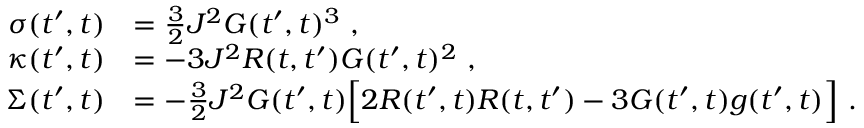
\begin{array} { r l } { \sigma ( t ^ { \prime } , t ) } & { = \frac { 3 } { 2 } J ^ { 2 } G ( t ^ { \prime } , t ) ^ { 3 } ~ , } \\ { \kappa ( t ^ { \prime } , t ) } & { = - 3 J ^ { 2 } R ( t , t ^ { \prime } ) G ( t ^ { \prime } , t ) ^ { 2 } ~ , } \\ { \Sigma ( t ^ { \prime } , t ) } & { = - \frac { 3 } { 2 } J ^ { 2 } G ( t ^ { \prime } , t ) \Big [ 2 R ( t ^ { \prime } , t ) R ( t , t ^ { \prime } ) - 3 G ( t ^ { \prime } , t ) g ( t ^ { \prime } , t ) \Big ] ~ . } \end{array}